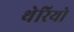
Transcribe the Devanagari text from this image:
थेरियो